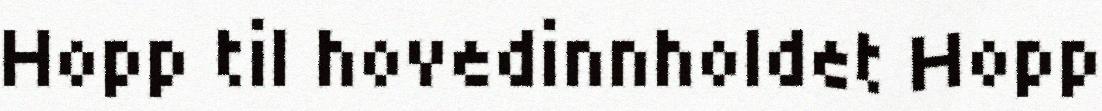
Hopp til hovedinnholdet Hopp